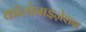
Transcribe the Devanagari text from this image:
कॉलोनाइज़ेशन